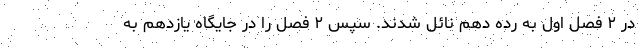
در ۲ فصل اول به رده دهم نائل شدند. سپس ۲ فصل را در جایگاه یازدهم به